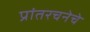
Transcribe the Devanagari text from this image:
प्रांतरचनेचे